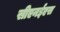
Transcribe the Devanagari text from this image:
सीएनईएस